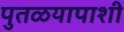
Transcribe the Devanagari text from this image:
पुतळयापाशी